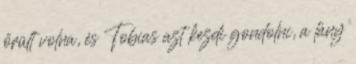
őrült volna, és Tobias azt kezdi gondolni, a lány